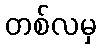
တစ်လမှ